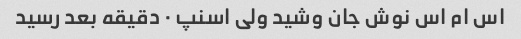
اس ام اس نوش جان وشید ولی اسنپ ٠ دقیقه بعد رسید